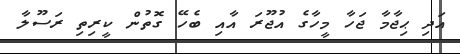
އަދި ޙިޖާމާ ޖަހާ މީހާގެ އުޖޫރަ އާއި ބެހޭ ގޮތުން ކީރިތި ރަސޫލާ